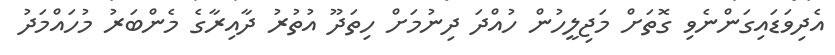
އެދިވަޑައިގަންނެވި ގޮތަށް މަޖިލީހުން ހުއްދަ ދިނުމަށް ހިތަދޫ އުތުރު ދާއިރާގެ މެންބަރު މުހައްމަދު